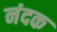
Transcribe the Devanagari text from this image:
नंदक